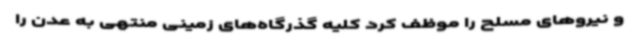
و نیروهای مسلح را موظف کرد کلیه گذرگاه‌های زمینی منتهی به عدن را